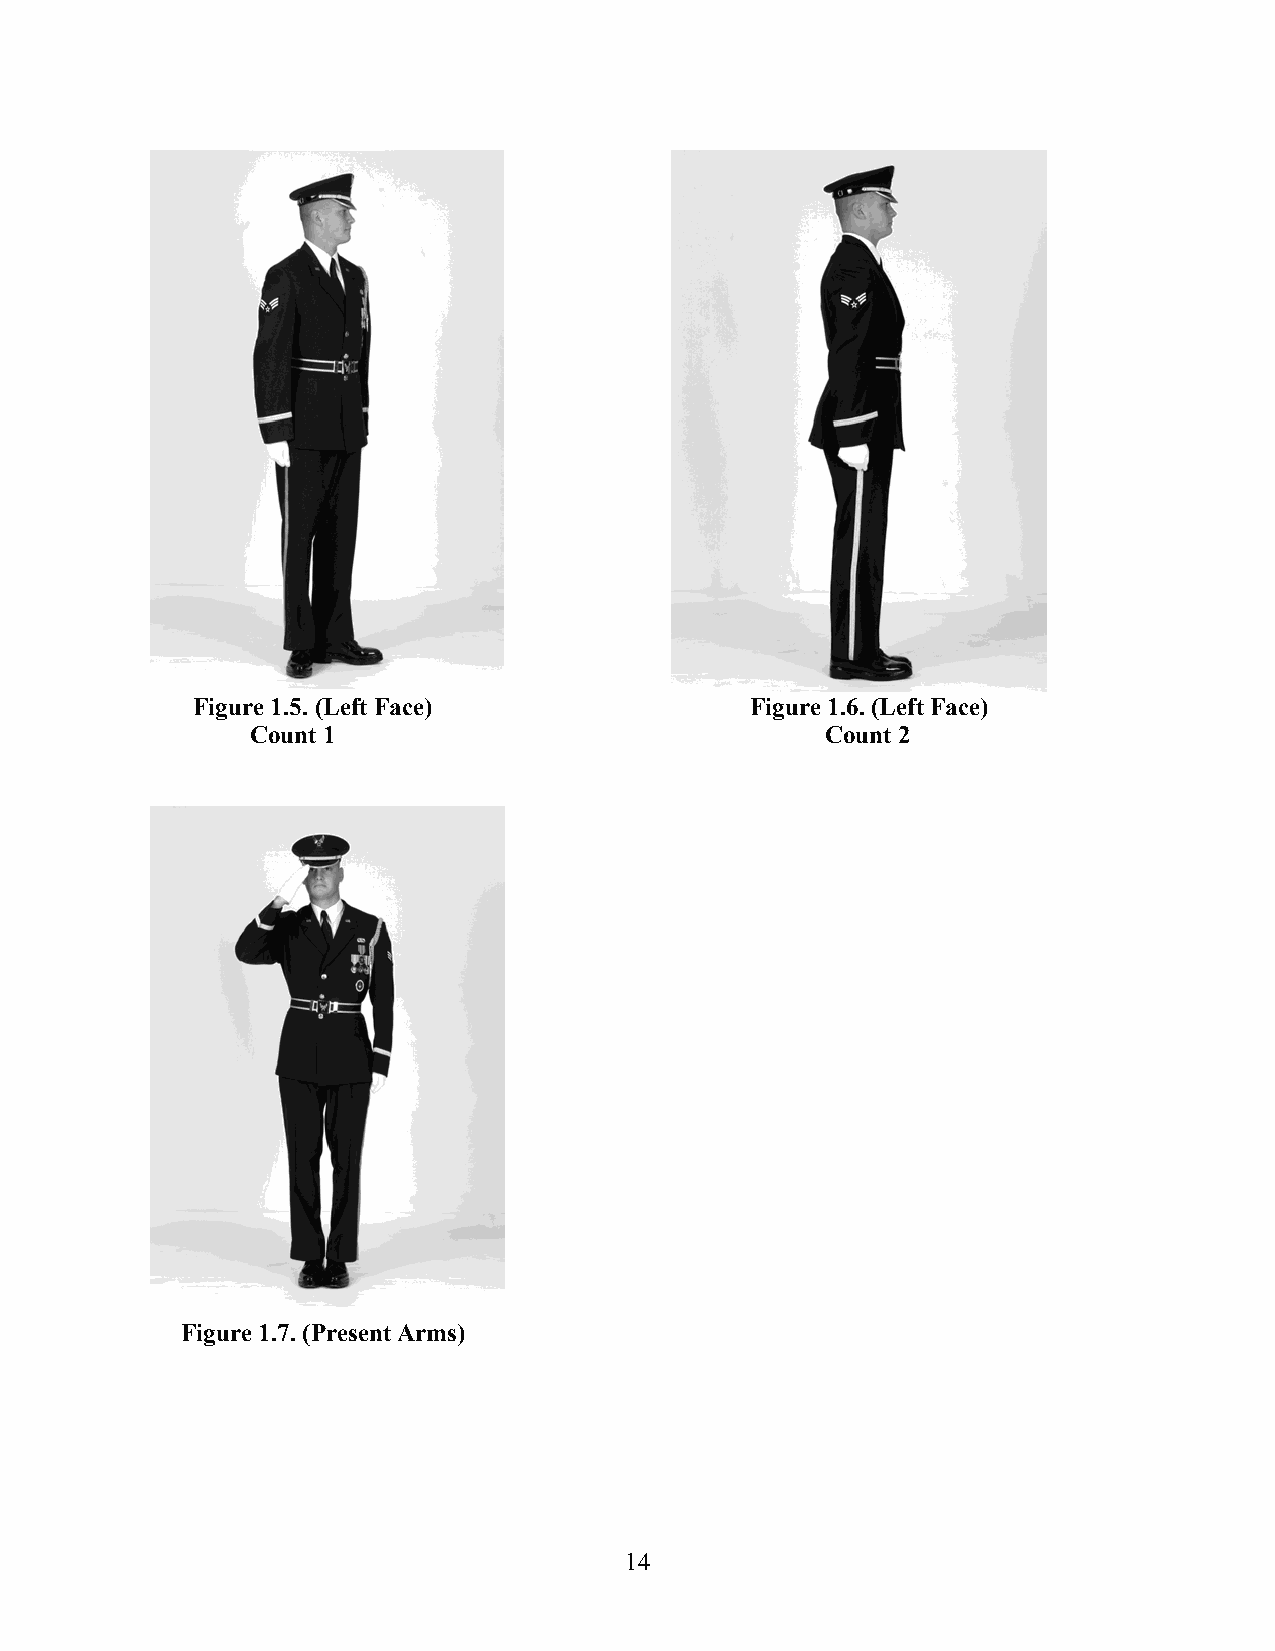
Figure 1.5. (Left Face)              Figure 1.6. (Left Face)
 Count 1                               Count 2
 Figure 1.7. (Present Arms)
 14